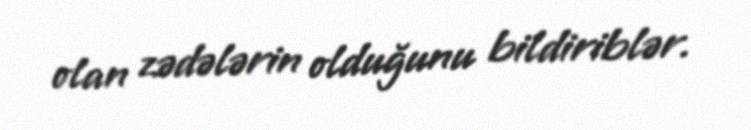
olan zədələrin olduğunu bildiriblər.